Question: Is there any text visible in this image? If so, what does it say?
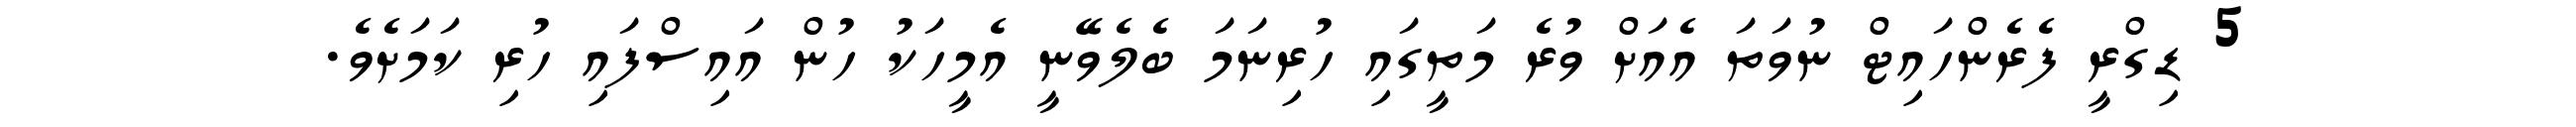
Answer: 5 ޑިގްރީ ފެރެންހައިޓް ނުވަތަ އެއަށް ވުރެ މަތީގައި ހުރިނަމަ ބެލެވޭނީ އެމީހަކު ހުން އައިސްފައި ހުރި ކަމަށެވެ.